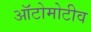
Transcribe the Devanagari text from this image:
ऑटोमोटीव